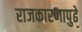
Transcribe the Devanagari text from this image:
राजकारणापुढे